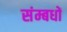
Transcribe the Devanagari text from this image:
संम्बधों